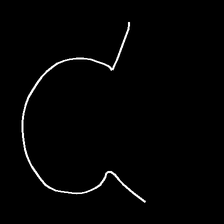
Glyph: weave